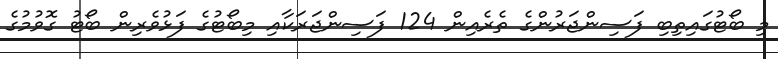
މި ބޯޓުގައިތިބި ފަސިންޖަރުންގެ ތެރެއިން 124 ފަސިންޖަރަކާއި މިބޯޓުގެ ފަޅުވެރިން ބޯޓު ގޮވުމުގެ